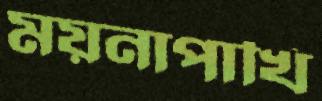
ময়নাপাখি